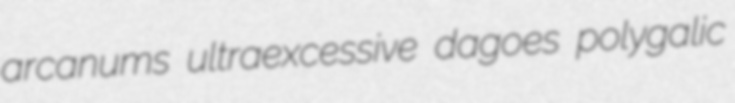
arcanums ultraexcessive dagoes polygalic